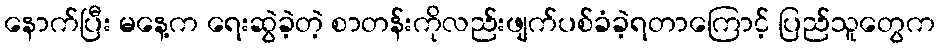
နောက်ပြီး မနေ့က ရေးဆွဲခဲ့တဲ့ စာတန်းကိုလည်းဖျက်ပစ်ခံခဲ့ရတာကြောင့် ပြည်သူတွေက